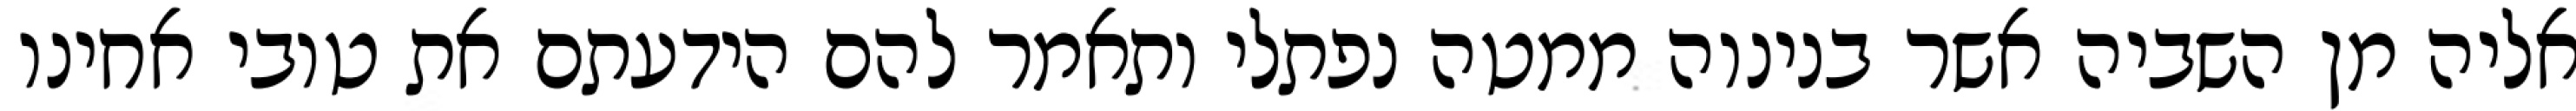
אליה מן השביה אשר בנינוה ממטה נפתלי ותאמר להם הידעתם את טובי אחינו